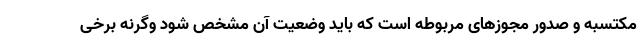
مکتسبه و صدور مجوزهای مربوطه است که باید وضعیت آن مشخص شود وگرنه برخی